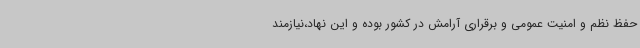
حفظ نظم و امنیت عمومی و برقراری آرامش در کشور بوده و این نهاد،نیازمند